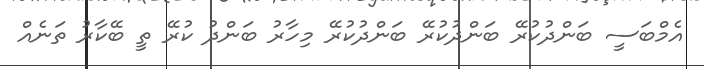
އެމްބަސީ ބަންދުކުރޭ ބަންދުކުރޭ ބަންދުކުރޭ މިހާރު ބަންދުު ކުރޭ ތީ ބޭކާރު ތަނެއް